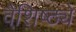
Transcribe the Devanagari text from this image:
वैशि़ष्ठ्ये